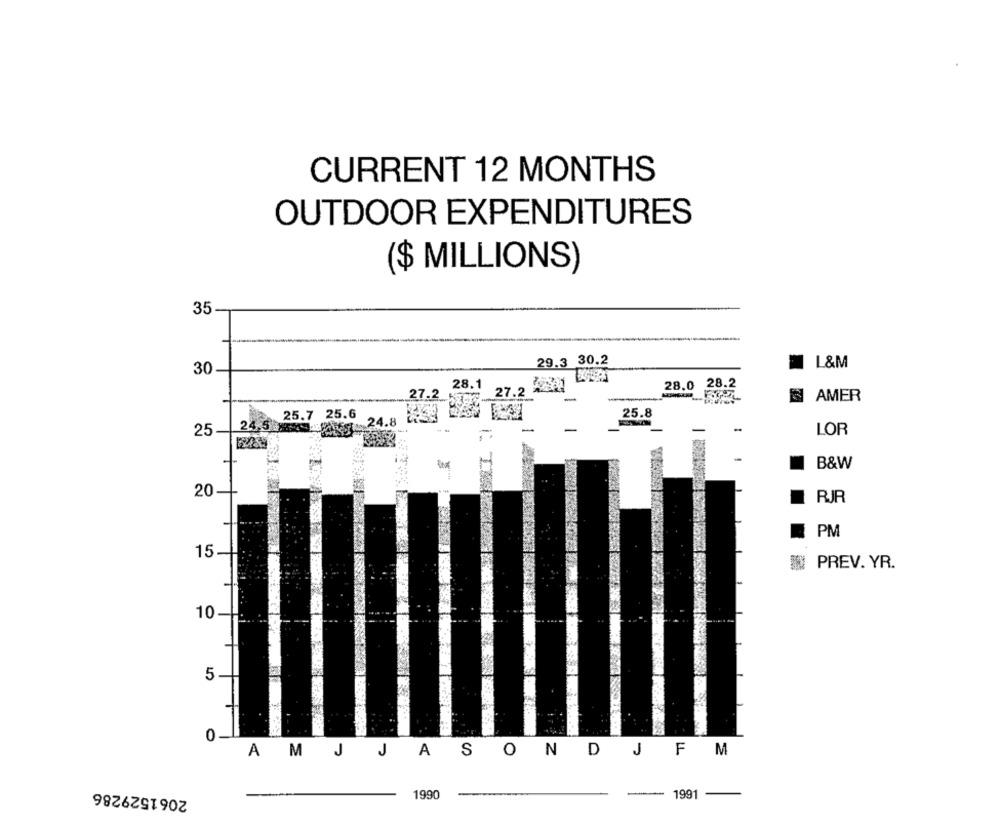
CURRENT 12 MONTHS
OUTDOOR EXPENDITURES
($ MILLIONS)
35
29.3 30.2
L&M
30
28.1
28.0
28.2
27.2
27.2
AMER
25.8
25.7 25.6
4.8
24.5.15
LOR
25
B&W
1
20
RJR
PM
15
IN PREV. YR.
10
5
0
AM J JASONDJFM
2061529286
-
1990
-
1991